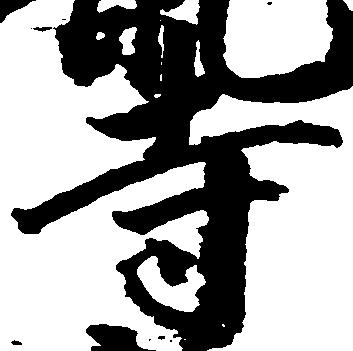
寺